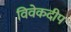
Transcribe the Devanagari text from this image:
विवेकदीप